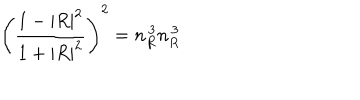
LaTeX: \left( \frac { 1 - | R | ^ { 2 } } { 1 + | R | ^ { 2 } } \right) ^ { 2 } = n _ { R } ^ { \, 3 } n _ { R } ^ { \, 3 }